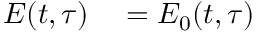
\begin{array} { r l } { E ( t , \tau ) } & { { } = E _ { 0 } ( t , \tau ) } \end{array}